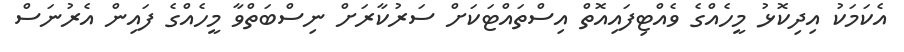
އެކަމަކު އިދިކޮޅު މީހެއްގެ ވެއްޓިފައިއޮތް އިސްތައްޓަކަށް ސަރުކާރަށް ނިސްބަތްވާ މީހެއްގެ ފައިން އެރުނަސް